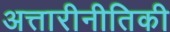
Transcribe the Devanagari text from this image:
अत्तारीनीतिकी